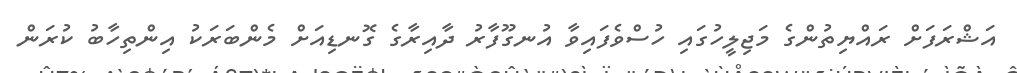
އަޝްރަފަށް ރައްޔިތުންގެ މަޖިލީހުގައި ހުސްވެފައިވާ އުނގޫފާރު ދާއިރާގެ ގޮނޑިއަށް މެންބަރަކު އިންތިހާބު ކުރަން